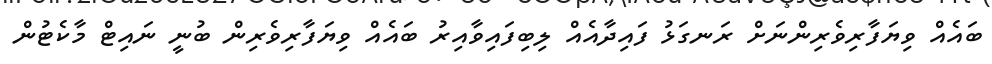
ބައެއް ވިޔަފާރިވެރިންނަށް ރަނގަޅު ފައިދާއެއް ލިބިފައިވާއިރު ބައެއް ވިޔަފާރިވެރިން ބުނީ ނައިޓް މާކެޓުން